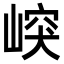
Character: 㟮